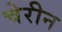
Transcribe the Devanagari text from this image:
चेरीन